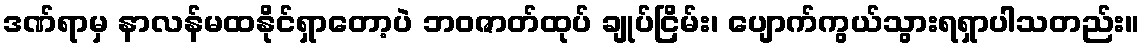
ဒဏ်ရာမှ နာလန်မထနိုင်ရှာတော့ပဲ ဘဝဇာတ်ထုပ် ချုပ်ငြိမ်း၊ ပျောက်ကွယ်သွားရရှာပါသတည်း။